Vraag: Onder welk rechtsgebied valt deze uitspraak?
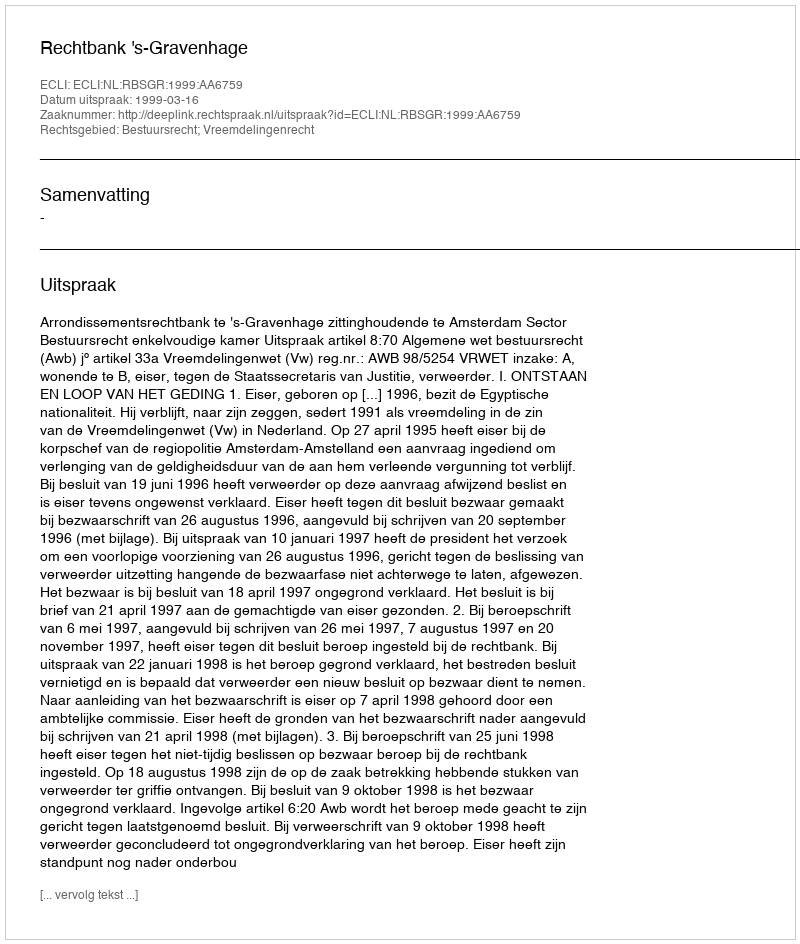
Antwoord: Bestuursrecht; Vreemdelingenrecht